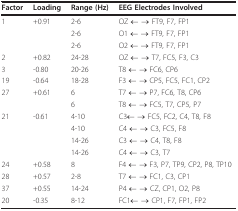
| Factor | Loading | Range (Hz) | EEG Electrodes Involved |
 | --- | --- | --- | --- |
 | 1 | +0.91 | 2-6 | OZ ← → FT9, F7, FP1 |
 |  |  | 2-6 | O1 ← → FT9, F7, FP1 |
 |  |  | 2-6 | O2 ← → FT9, F7, FP1 |
 | 2 | +0.82 | 24-28 | OZ ← → T7, FC5, F3, C3 |
 | 3 | -0.80 | 20-26 | T8 ← → FC6, CP6 |
 | 19 | -0.64 | 18-28 | F3 ← → CP5, FC5, FC1, CP2 |
 | 27 | +0.61 | 6 | T7 ← → P7, FC6, T8, CP6 |
 |  |  | 6 | T8 ← → FC5, T7, CP5, P7 |
 | 21 | -0.61 | 4-10 | C3← → FC5, FC2, C4, T8, F8 |
 |  |  | 4-10 | C4 ← → C3, FC5, F8 |
 |  |  | 14-26 | C3 ← → C4, T8, F8 |
 |  |  | 14-26 | C4 ← → C3, T7 |
 | 24 | +0.58 | 8 | F4 ← → F3, P7, TP9, CP2, P8, TP10 |
 | 28 | +0.57 | 2-8 | T7 ← → FC1, C3, CP1 |
 | 37 | +0.55 | 14-24 | P4 ← → CZ, CP1, O2, P8 |
 | 20 | -0.35 | 8-12 | FC1← → CP1, F7, FP1, FP2 |